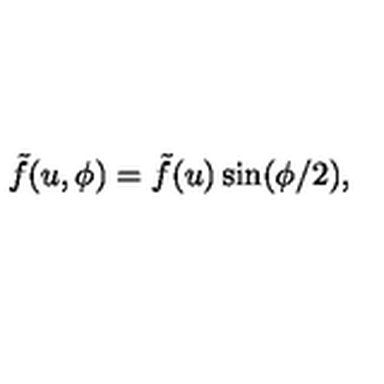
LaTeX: \tilde { f } ( u , \phi ) = \tilde { f } ( u ) \sin ( \phi / 2 ) ,